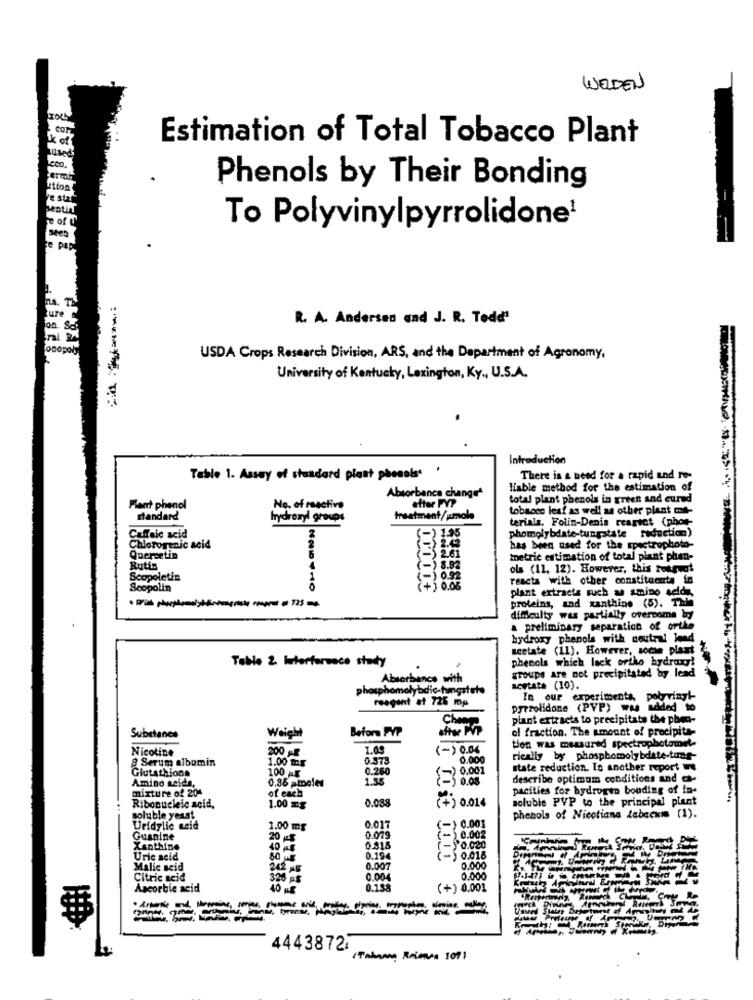
WELDEN
Estimation of Total Tobacco Plant
cea.
Lettos
Phenols by Their Bonding
esti
To Polyvinylpyrrolidone'
R. A. Andersen and J. R. Tode"
USDA Crops Research Division, ARS, and the Department of Agronomy,
University of Kentucky, Lexington, Ky ., U.S.A.
Introduction
Table 1. Assay of standard plant phenols' '
There is a need for a rapid und ro-
liable method for the estimation of
Absorbance change
after PVP
total plant phenols in green and cured
Plant phenol
No. of reactive
tobacco leaf as well as other plant mit-
standard
hrydrezyl groups
treatment/smole
(-) 195
terials, Folin-Denis rearvct (phor-
Caffeic acid
phomolybdate-tungstate roductice)
Chlorogenic acid
has been used for the spectrophoto-
Quercetin
metric estimation of total plant phen-
Rutin
(-) 8.92
ols (11, 12). However, this rossvat
Scopoletin
(-) 0.92
reacts with other constitacuta in
Scopolin
(+) 0.05
plant extracts such as amino seldy
proteins, and xanthine (5). THE
dificulty was partially overcome
a preliminary separation of orthe
hydroxy phepols with neutral lend
acetate (11). However, soche plant
Table 2 Interference study
phenols which lack ortho hydroxy!
groups are not precipitated by lend
Absorbance with
phosphomolybdic-hmgatets
acetate (10).
reagant at 725 mg
In our experiments, polyvingt-
pyrrolidone (PVP) was added to
Champ
plant extracta to precipitate the phea-
Before PVP
ol fraction. The amount of precipita-
Substance
Weight
Nicotine
200 g
1.03
(-) 0.06
tien was measured spectrophotomet
3 Serum albumin
1.00 mar
3.373
0.000
rieally by phosphomolybdate.ting-
Glutathions
100
0.260
state reduction. To another report we
Amino seida,
0.35 amoled
1.35
$ 0.08
describe optimum conditions and -
mixture of 204
of each
pacities for hydrogen bonding of ia-
0.038
(+) 0.014
soluble PVP to the principal plant
Ribonucleic acid,
1.00 =
soluble yeast
0.017
phenols of Nicotiana Zabeckmm (1).
Uridylic meid
1.00 mg
(-) 0.003
Guanine
20 -S
0.079
(- 0.002
Xanthine
0,015
(-)'0.020
Uric acid
0.194
(-) 0.018
Malic seid
202 ,5
0.007
0.000
Citric acid
325 Af
0.004
0.000
Ascorbic acid
40 -
0.158
(+) 0.001
. ArtNe
4443872
(Talman Ramos 107)